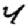
Digit: 4